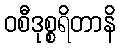
ဝစီဒုစ္စရိတာနိ